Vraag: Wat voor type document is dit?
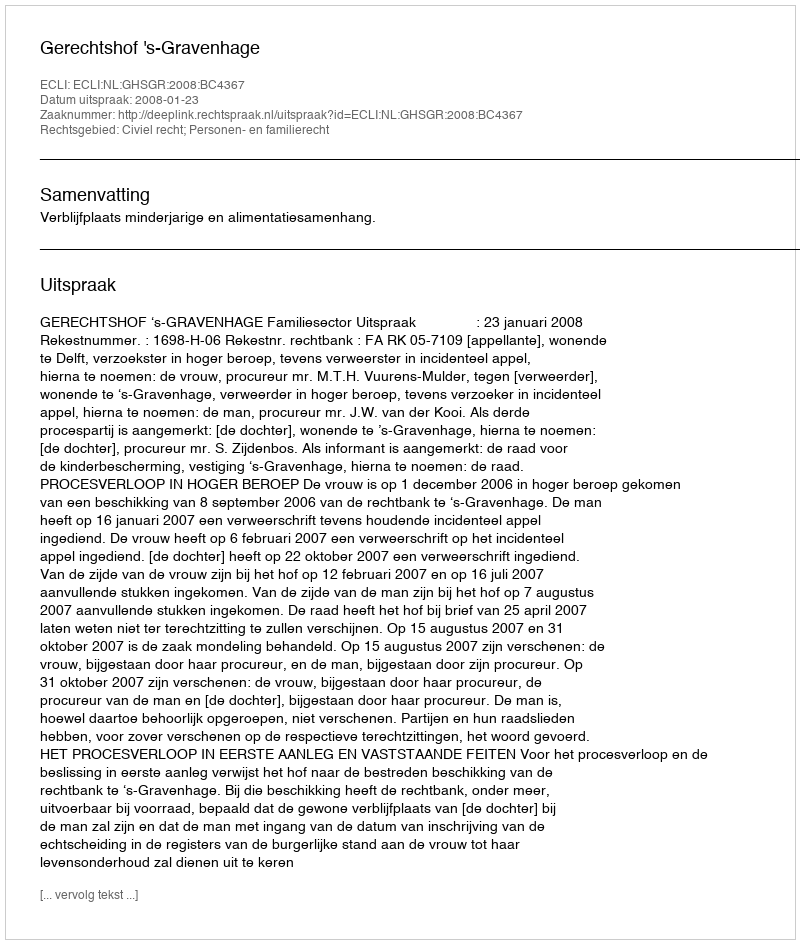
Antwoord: Uitspraak